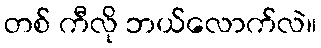
တစ် ကီလို ဘယ်လောက်လဲ။